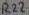
Text: R22